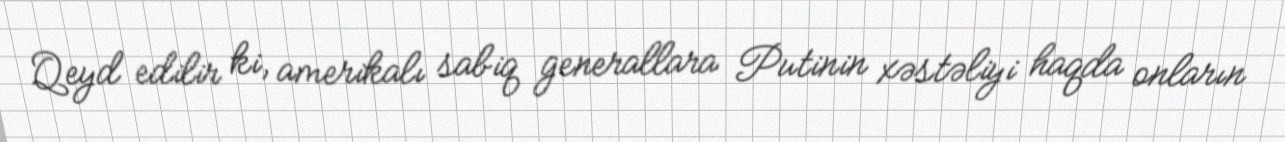
Qeyd edilir ki, amerikalı sabiq generallara Putinin xəstəliyi haqda onların